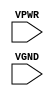
module sky130_fd_sc_hs__tapvpwrvgnd (
    //# {{power|Power}}
    input VPWR,
    input VGND
);
endmodule